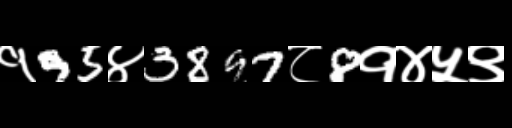
Text: १95४3897८8१४५९